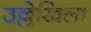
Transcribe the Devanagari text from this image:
उल्लेखिला